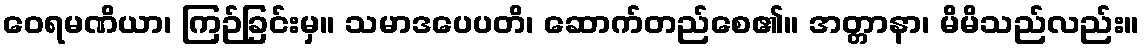
ဝေရမဏိယာ၊ ကြဉ်ခြင်းမှ။ သမာဒပေပတိ၊ ဆောက်တည်စေ၏။ အတ္တာနာ၊ မိမိသည်လည်း။